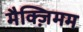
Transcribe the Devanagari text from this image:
मैक्ज़िमम